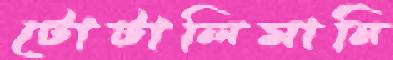
টোটালিমানি